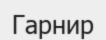
Гарнир